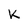
Character: K